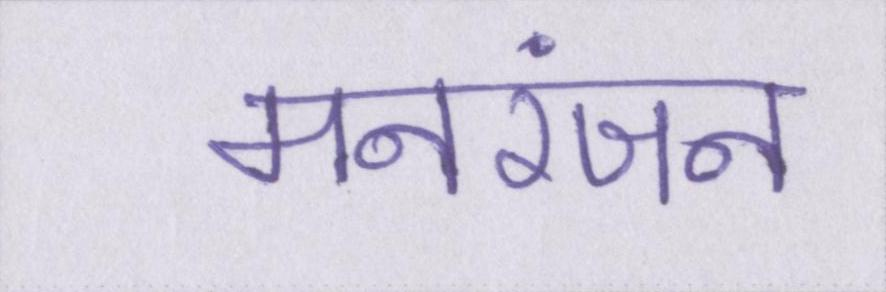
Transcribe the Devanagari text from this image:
मनरंजन